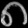
Digit: ၈